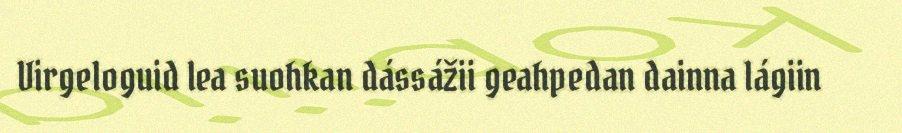
Virgeloguid lea suohkan dássážii geahpedan dainna lágiin